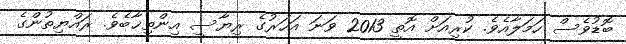
ބޮޑުވެސް ހަމަލާއެވެ. ކުރިއަށް އޮތީ 2013 ވަނަ އަހަރުގެ ރިޔާސީ އިންތިޚާބެވެ. ރައްޔިތުންގެ